[Report on the health of British troops in the Madras command]
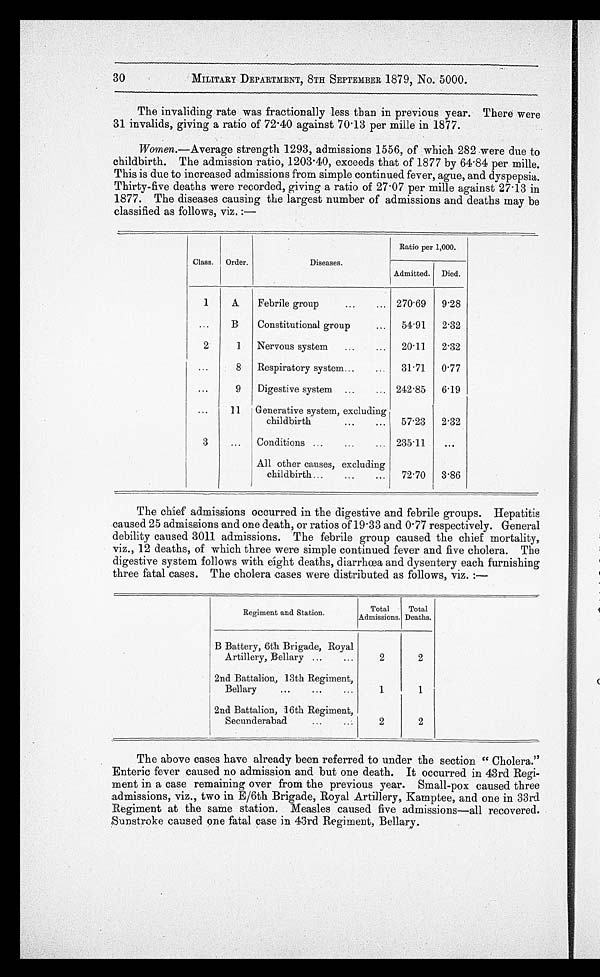
30
MILITARY DEPARTMENT, 8TH SEPTEMBER 1879, No. 5000.
The invaliding rate was fractionally less than in previous year. There were
31 invalids, giving a ratio of 72.40 against 70.13 per mille in 1877.
Women. —Average strength 1293, admissions 1556, of which 282 were due to
childbirth. The admission ratio, 1203.40, exceeds that of 1877 by 64.84 per mille.
This is due to increased admissions from simple continued fever, ague, and dyspepsia.
Thirty-five deaths were recorded, giving a ratio of 27.07 per mille against 27.13 in
1877. The diseases causing the largest number of admissions and deaths may be
classified as follows, viz. :—
Class. Order.
Diseases.
Ratio per 1,000.
Admitted. Died.
1
A
Febrile group . . . 270.69
9.28
. . .
B
Constitutional group . . .
54.91
2.32
2
1
Nervous system . . .
20.11
2.32
. . .
8
Respiratory system . . .
3 1 . 7 7 0 . 77
. . .
9
Digestive system . . . 242 .85 6 . 19
. . .
11
Generative system, excluding
childbirth . . .
57.23
2.32
3
. . .
Conditions . . . 235.11
. . .
All other causes, excluding
childbirth . . .
72.70
3.86
The chief admissions occurred in the digestive and febrile groups. Hepatitis
caused 25 admissions and one death, or ratios of 19.33 and 0.77 respectively. General
debility caused 3011 admissions. The febrile group caused the chief mortality,
viz., 12 deaths, of which three were simple continued fever and five cholera. The
digestive system follows with eight deaths, diarrhœa and dysentery each furnishing
three fatal cases. The cholera cases were distributed as follows, viz. :—
Regiment and Station.
Total
Admissions.
Total
Deaths.
B Battery, 6th Brigade., Royal
Artillery, Bellary . . .
2
2
2nd Battalion, 13th Regiment,
Bellary . . .
1
1
2nd Battalion, 16th Regiment,
Secunderabad . . .
2
2
The above cases have already been referred to under the section " Cholera."
Enteric fever caused no admission and but one death. It occurred in 43rd Regi-
ment in a case remaining over from the previous year. Small-pox caused three
admissions, viz., two in E/6th Brigade, Royal Artillery, Kamptee, and one in 33rd
Regiment at the same station. Measles caused five admissions—all recovered.
Sunstroke caused one fatal case in 43rd Regiment, Bellary.